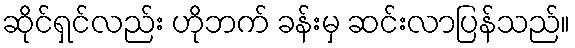
ဆိုင်ရှင်လည်း ဟိုဘက် ခန်းမှ ဆင်းလာပြန်သည်။